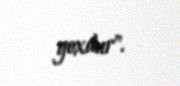
yoxdur".